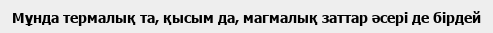
Мұнда термалық та, қысым да, магмалық заттар әсері де бірдей